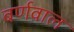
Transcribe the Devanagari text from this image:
बर्णवाल